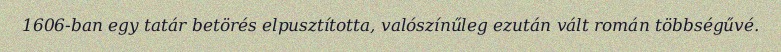
1606-ban egy tatár betörés elpusztította, valószínűleg ezután vált román többségűvé.